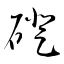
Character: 磴